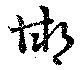
邯